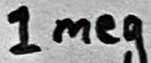
Text: 1meg